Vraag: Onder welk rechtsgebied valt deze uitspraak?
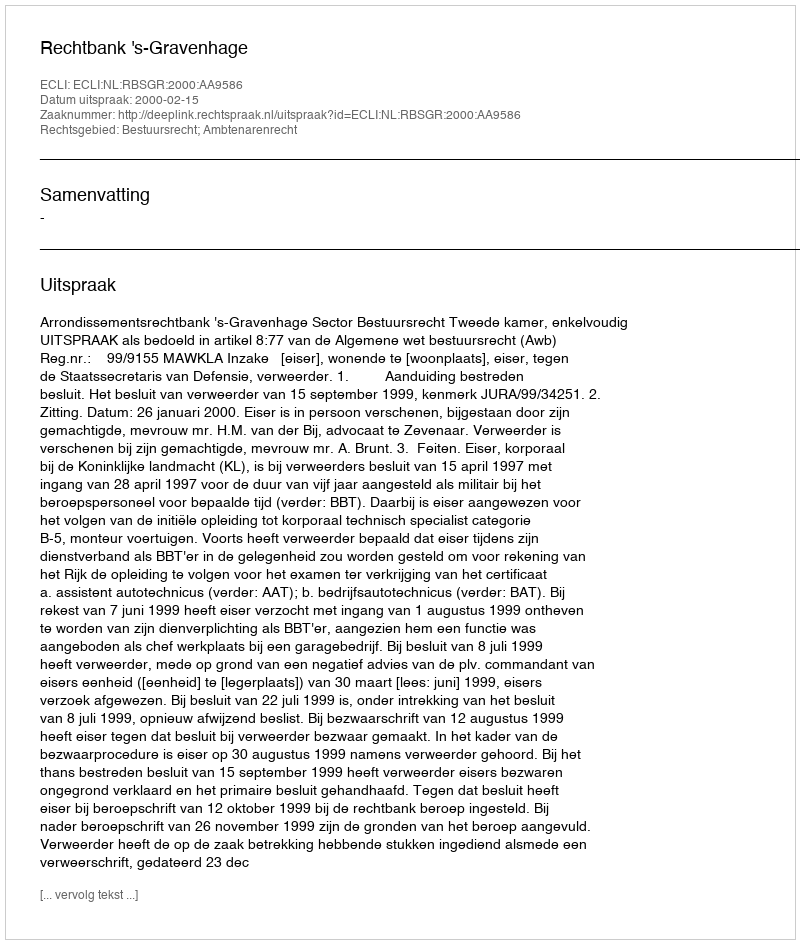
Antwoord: Bestuursrecht; Ambtenarenrecht